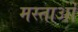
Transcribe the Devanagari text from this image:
मस्ताओं